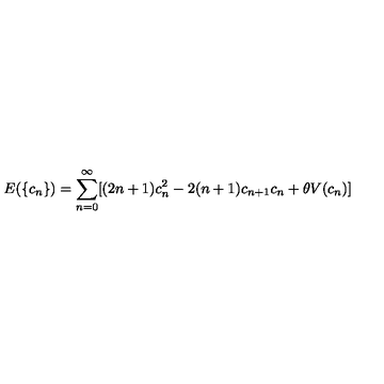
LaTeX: E ( \{ c _ { n } \} ) = \sum _ { n = 0 } ^ { \infty } [ ( 2 n + 1 ) c _ { n } ^ { 2 } - 2 ( n + 1 ) c _ { n + 1 } c _ { n } + \theta V ( c _ { n } ) ]